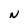
Character: N